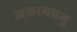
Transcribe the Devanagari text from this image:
अलामप्रभु